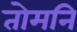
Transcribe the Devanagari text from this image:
तोमनि